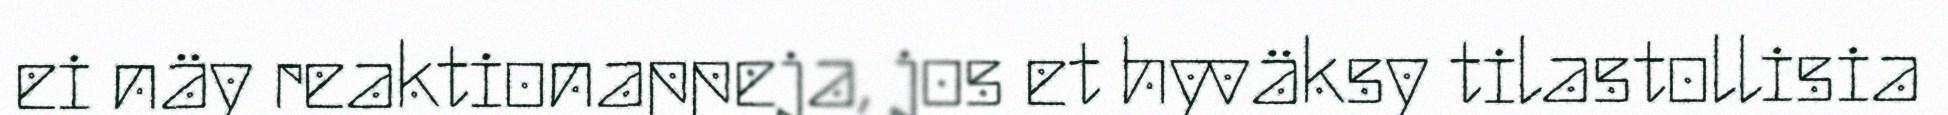
ei näy reaktionappeja, jos et hyväksy tilastollisia